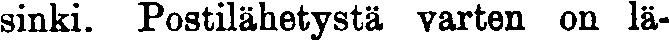
sinki. Postilähetystä varten on lä-